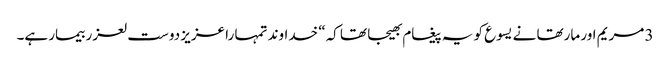
3 مریم اور مارتھا نے یسوع کو یہ پیغام بھیجا تھا کہ“ خداوند تمہا را عزیز دوست لعزر بیمار ہے۔